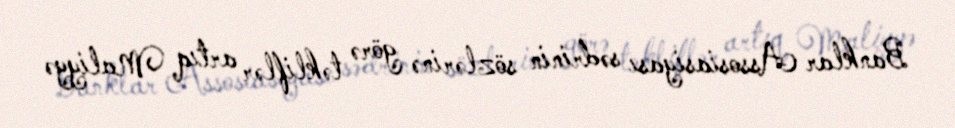
Banklar Assosiasiyası sədrinin sözlərinə görə təkliflər artıq Maliyyə